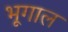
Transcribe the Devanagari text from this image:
भूगाल